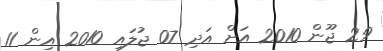
29 ޖޫން 2010 އަށް އަދި 07 ޖުލައި 2010 އިން 11